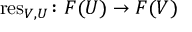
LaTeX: \operatorname { r e s } _ { V , U } \colon F ( U ) \rightarrow F ( V )